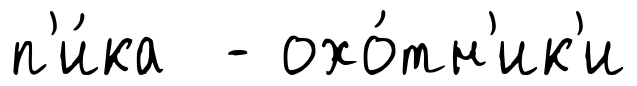
п'и́ка - охо́тн'ик'и